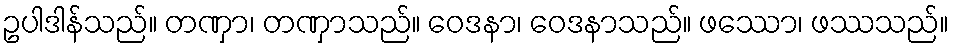
ဥပါဒါန်သည်။ တဏှာ၊ တဏှာသည်။ ဝေဒနာ၊ ဝေဒနာသည်။ ဖဿော၊ ဖဿသည်။